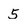
Character: 5